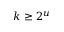
k \geq 2 ^ { u }